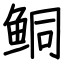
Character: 鲖